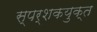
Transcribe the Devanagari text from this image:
स्पर्शकयुक्त